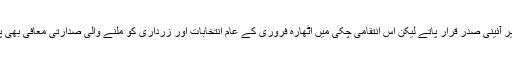
یہ درست ہے کہ اس قسم کے اقدام سے صدر مشرف غیر آئینی صدر قرار پاتے لیکن اس انتقامی چکی میں اٹھارہ فروری کے عام انتخابات اور زرداری کو ملنے والی صدارتی معافی بھی پس جاتی جس کے نتیجے میں پیپلز پارٹی کو اقتدار ملا۔